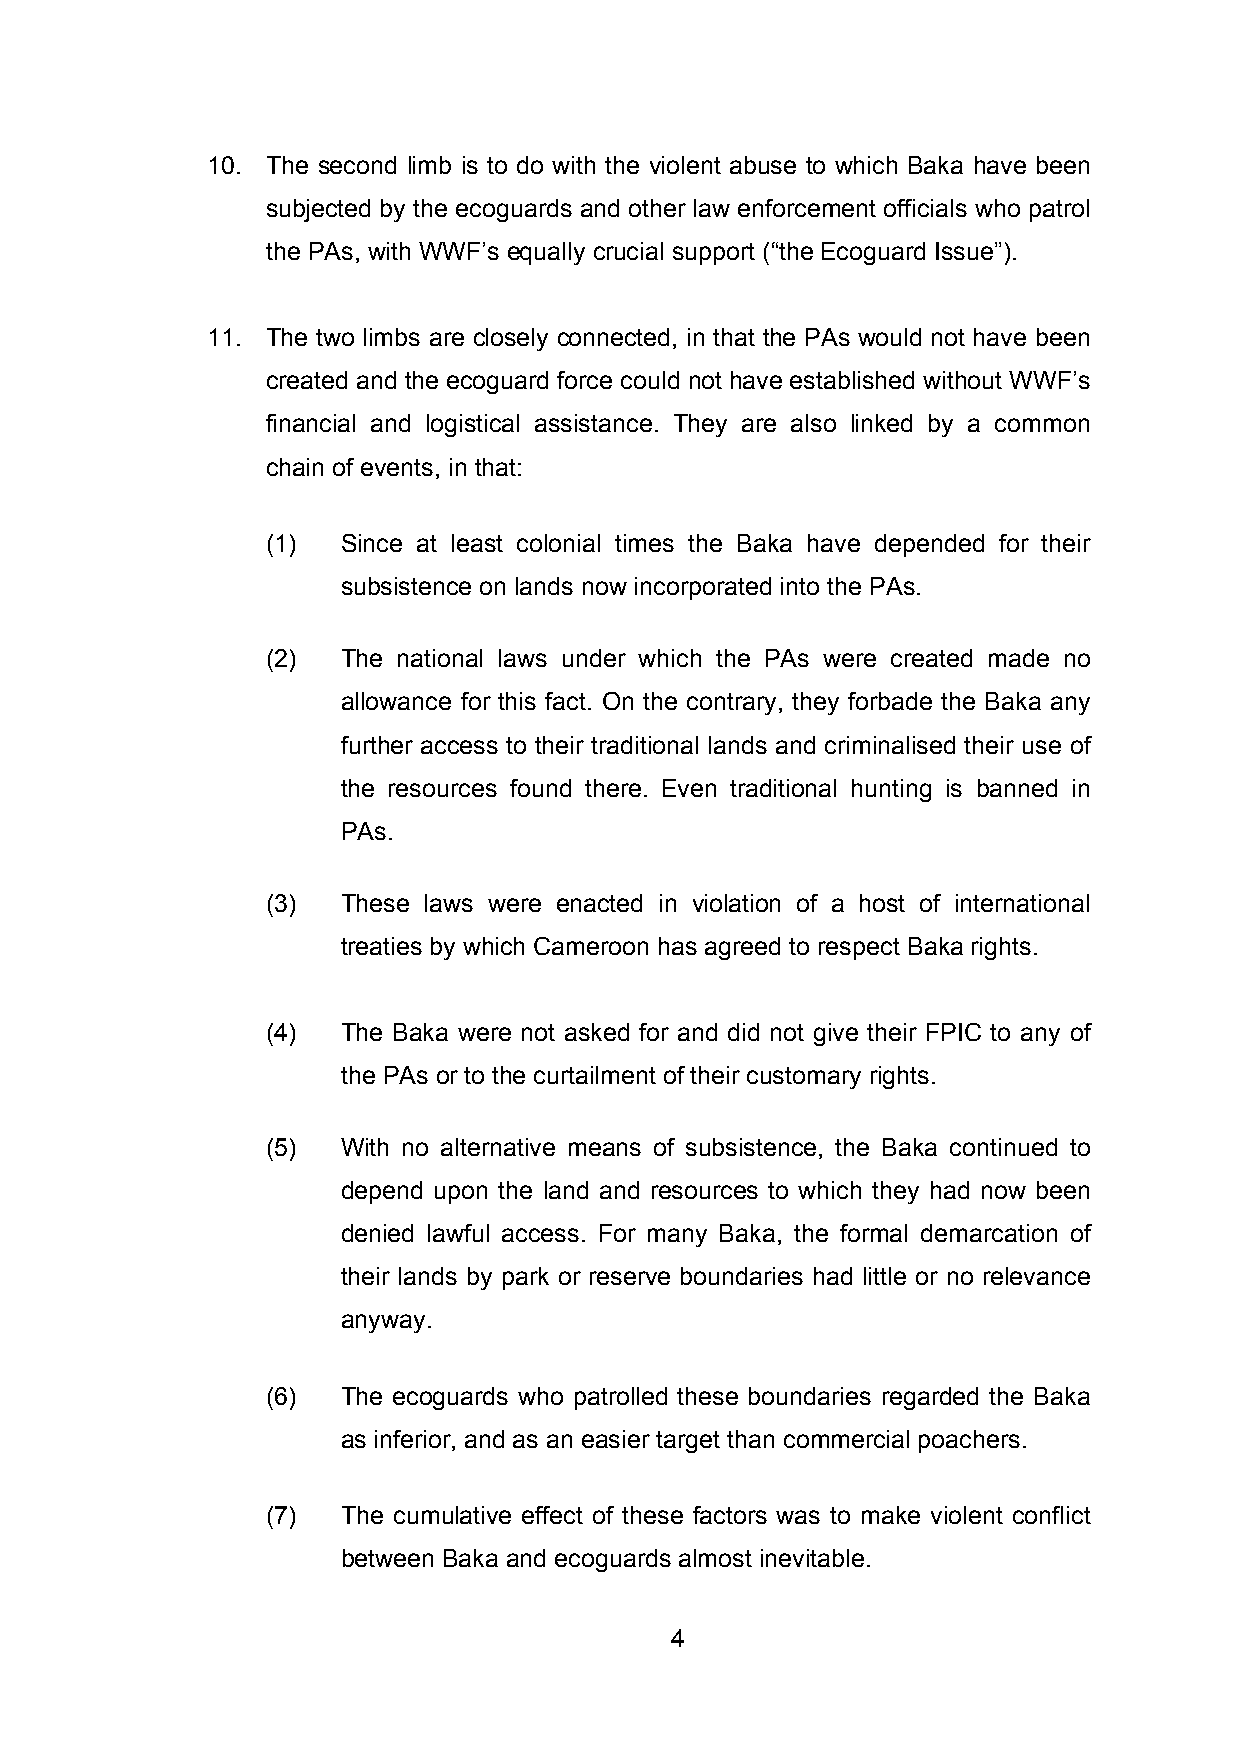
10. The second limb is to do with the violent abuse to which Baka have been
 subjected by the ecoguards and other law enforcement officials who patrol
 the PAs, with WWF’s equally crucial support (“the Ecoguard Issue”).
 11. The two limbs are closely connected, in that the PAs would not have been
 created and the ecoguard force could not have established without WWF’s
 financial and logistical assistance. They are also linked by a common
 chain of events, in that:
 (1)  Since at least colonial times the Baka have depended for their
 subsistence on lands now incorporated into the PAs.
 (2)  The national laws under which the PAs were created made no
 allowance for this fact. On the contrary, they forbade the Baka any
 further access to their traditional lands and criminalised their use of
 the resources found there. Even traditional hunting is banned in
 PAs.
 (3)  These laws were enacted in violation of a host of international
 treaties by which Cameroon has agreed to respect Baka rights.
 (4)  The Baka were not asked for and did not give their FPIC to any of
 the PAs or to the curtailment of their customary rights.
 (5)  With no alternative means of subsistence, the Baka continued to
 depend upon the land and resources to which they had now been
 denied lawful access. For many Baka, the formal demarcation of
 their lands by park or reserve boundaries had little or no relevance
 anyway.
 (6)  The ecoguards who patrolled these boundaries regarded the Baka
 as inferior, and as an easier target than commercial poachers.
 (7)  The cumulative effect of these factors was to make violent conflict
 between Baka and ecoguards almost inevitable.
 4